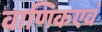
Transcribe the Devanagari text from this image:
वाणिकएवं